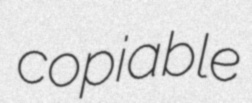
copiable